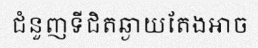
ជំនួញទីជិតឆ្ងាយតែងអាច